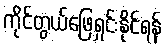
ကိုင်တွယ်ဖြေရှင်းနိုင်ရန်